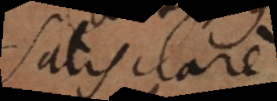
satis clare